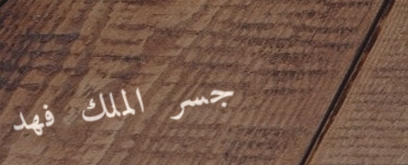
جسر الملك فهد